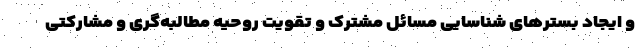
و ایجاد بسترهای شناسایی مسائل مشترک و تقویت روحیه مطالبه‌گری و مشارکتی